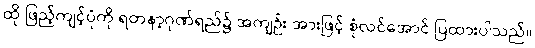
ထို ဖြည့်ကျင့်ပုံကို ရတနာ့ဂုဏ်ရည်၌ အကျဉ်း အားဖြင့် စုံလင်အောင် ပြထားပါသည်။